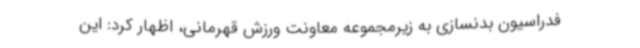
فدراسیون بدنسازی به زیرمجموعه معاونت ورزش قهرمانی، اظهار کرد: این